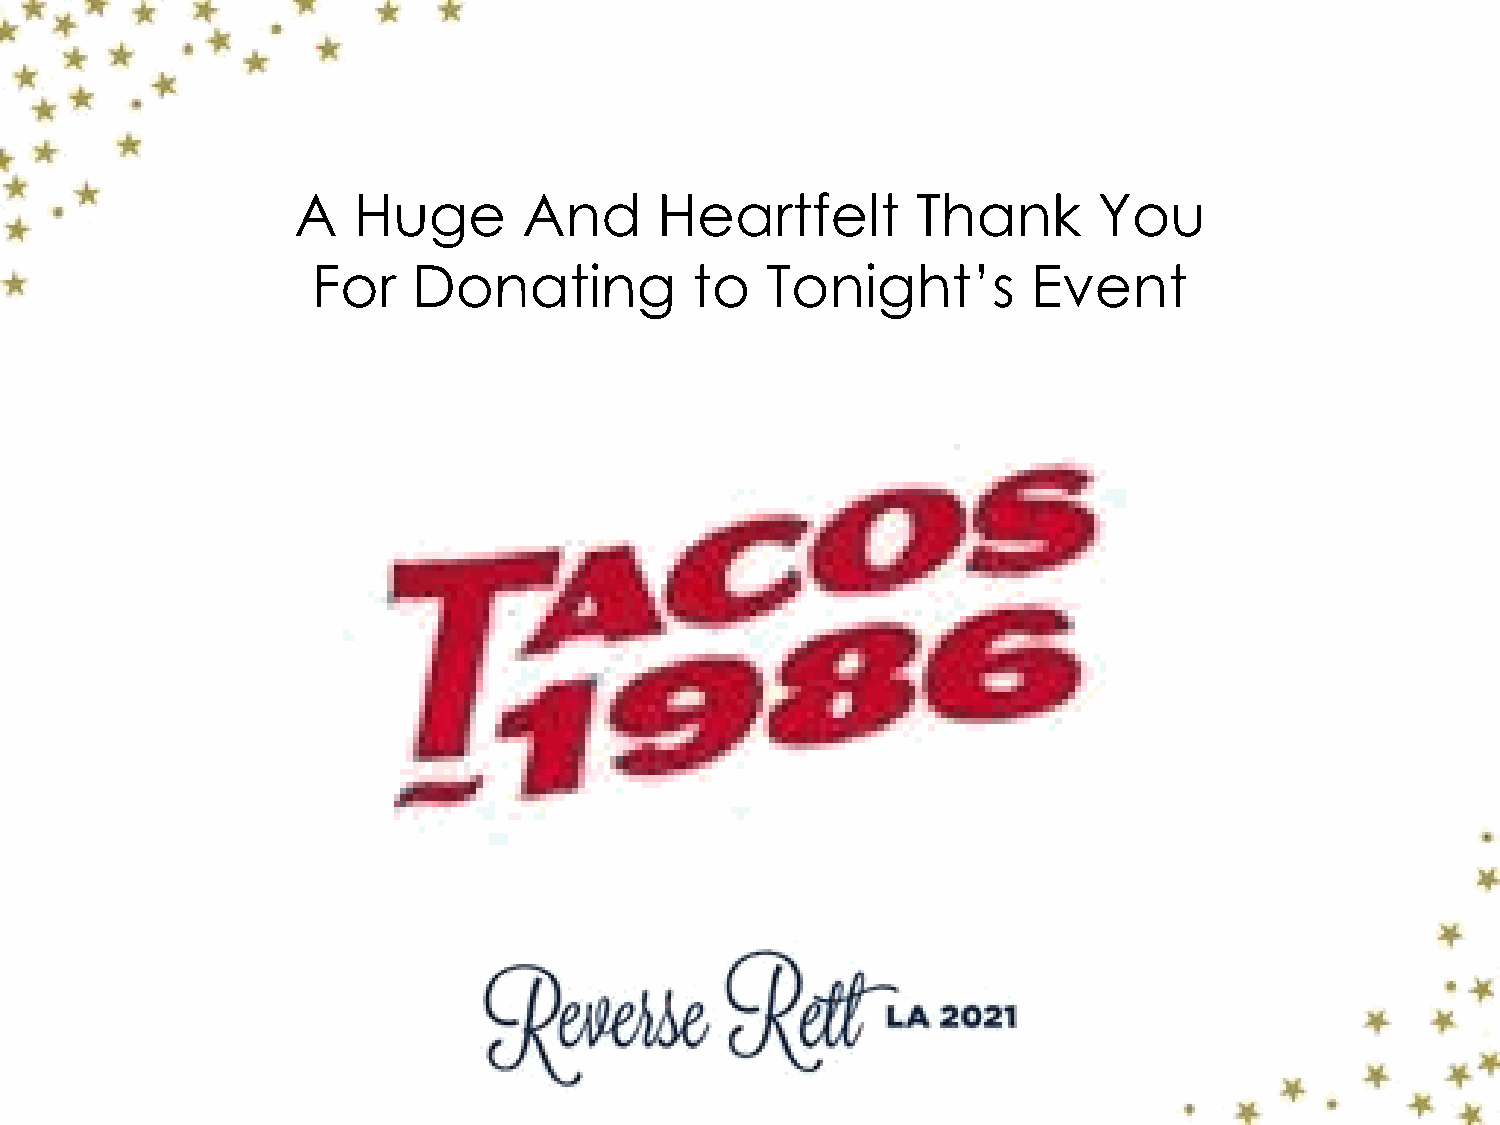
A   Huge        And      Heartfelt        Thank       You
 For   Donating           to   Tonight’s        Event